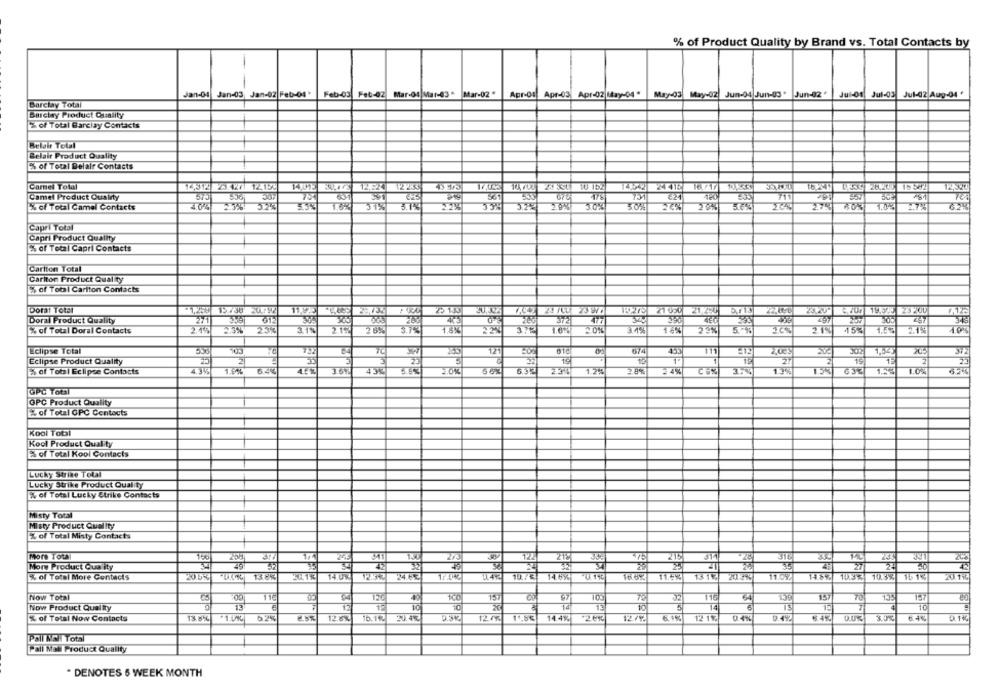
% of Product Quality by Brand vs. Total Contacts by
Jan-04
Jan-03, Jan-02 Feb-04
Feb-03
Fet-02
Mar-04 Mar-83 *
Mar-02
Apr-Of
Apr-03
Apr-02 May-04 "
May-03
May-02
Jun-04 Jun-03 .
Jun-02
Jul-01
Jul-03
Jul-02 Aug-04 '
Barclay Total
Barclay Product Quality
% of Total Barclay Contacts
Belair Total
Belair Product Quality
% of Total Delair Contacts
Carmel Total
Camel Product Quality
561
€21
420
% of Total Camel Contacts
4.04 25% 52%
1.6%
31%
3.7%
3.222.9%
30%
5.0%
26% 20%
275 60% 1.08 27%
Capri Total
Capri Product Quality
% of Total Capri Contacts
Carlton Total
Carlton Product Quality
Es of Total Cariton Contacts
Doral Total
15 730
Z1 050
Doral Product Quality
27/1
612
43
% of Total Doral Contacts
31%
3721
14%
22%
213
Eclipse Total
121
674
453
372
23
19
TE
27
2
19
1
Eclipse Product Quality
35
5% of Total Eclipse Contacts
4.15
357
434
1.24
24%
37%
OPC TOIST
OPC Product Quality
% of Total GPC Centocts
Kool Total
Kool Product Quality
Ex of Total Kool Contacts
Lucky Strike Total
Lucky Strike Product Quality
% of Total Lucky Strike Contacts
Misty Total
Misty Product Quality
% of Total Misty Contacts
More Total
941
2/3
212
215
314
HE
More Product Quality
42
32
27
20.5%
138%
14.0%
24.6%
10.73
11.4%
20 3%
10.3%
16 19
% of Total More Contacts
14.6%
11.05%
Now Total
94
120
157
116
64
Now Product Quality
13
12
10
10
14
13
10
7
10
1205
% of Total Now Contacts
13.8%
62%
12.6%
15.12
14.4%
12/92
12 19
04%
0.1%
Pall No Total
Pall Mall Product Quality
* DENOTES 6 WEEK MONTH